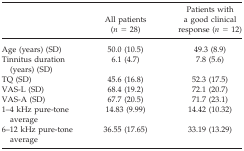
|  | All patients (n = 28) | Patients with a good clinical response (n = 12) |
 | --- | --- | --- |
 | Age (years) (SD) | 50.0 (10.5) | 49.3 (8.9) |
 | Tinnitus duration (years) (SD) | 6.1 (4.7) | 7.8 (5.6) |
 | TQ (SD) | 45.6 (16.8) | 52.3 (17.5) |
 | VAS-L (SD) | 68.4 (19.2) | 72.1 (20.7) |
 | VAS-A (SD) | 67.7 (20.5) | 71.7 (23.1) |
 | 1–4 kHz pure-tone average | 14.83 (9.99) | 14.42 (10.32) |
 | 6–12 kHz pure-tone average | 36.55 (17.65) | 33.19 (13.29) |